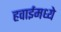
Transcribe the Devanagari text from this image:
हवाईमध्ये